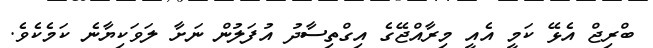
ބްރިޖް އެޅޭ ކަމީ އެއީ މިރާއްޖޭގެ އިގްތިސާދު އުފަލުން ނަށާ ލަވަކިޔާނެ ކަމެކެވެ.